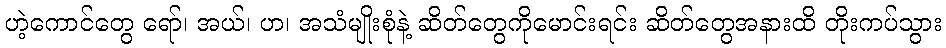
ဟဲ့ကောင်တွေ ရော်၊ အယ်၊ ဟ၊ အသံမျိုးစုံနဲ့ ဆိတ်တွေကိုမောင်းရင်း ဆိတ်တွေအနားထိ တိုးကပ်သွား